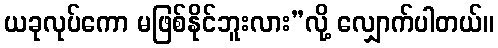
ယခုလုပ်ကော မဖြစ်နိုင်ဘူးလား”လို့ လျှောက်ပါတယ်။